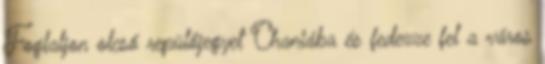
Foglaljon olcsó repülőjegyet Chaniába és fedezze fel a város